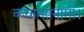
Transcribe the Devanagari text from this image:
कयामतनामा।